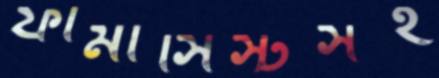
ফার্মাসিস্টসহ